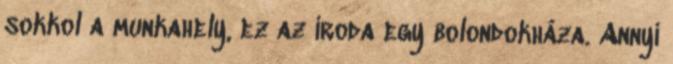
sokkol a munkahely, ez az iroda egy bolondokháza. Annyi